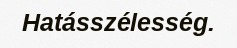
Hatásszélesség.